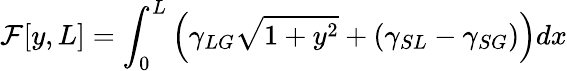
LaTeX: {\cal{F}}[y,L]=\int_{0}^{L}\left(\gamma_{LG}{\sqrt{1+y^{2}}}+(\gamma_{SL}-\gamma_{SG})\right)dx